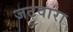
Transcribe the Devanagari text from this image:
जटवारा